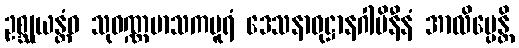
ဥစ္ဆုယန္တံဝ သုဝဏ္ဏမာသကပူရံ ဒေသနာဝုဋ္ဌာနဂါမိနီနံ အာလိမ္ပေန္တိ